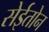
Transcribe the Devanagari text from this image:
सेईतोन